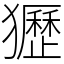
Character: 㺡